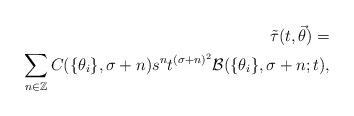
LaTeX: \begin{align*}\tilde{\tau}(t,\vec{\theta})=\\\sum_{n\in\mathbb{Z}}C(\{\theta_i\},\sigma+n)s^nt^{(\sigma+n)^2}{\cal B}(\{\theta_i\},\sigma+n;t),\end{align*}